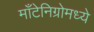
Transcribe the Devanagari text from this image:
माँटेनिग्रोमध्ये